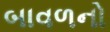
બાવળનો